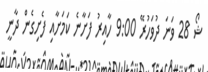
ޝޯ 28 ވަނަ ދުވަހުރޭ 9:00 ހާއިރު ފަށާނެ ކަމަށާއި ފެށިގެން ދާނީ